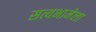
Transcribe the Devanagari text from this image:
सत्यभामेला